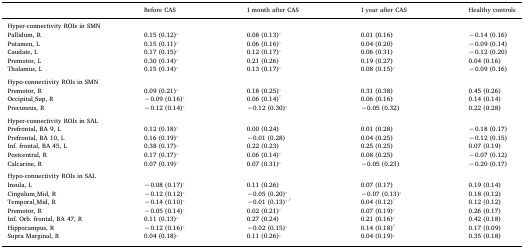
<table><thead><tr><td></td><td><b>Before CAS</b></td><td><b>1 month after CAS</b></td><td><b>1 year after CAS</b></td><td><b>Healthy controls</b></td></tr></thead><tbody><tr><td colspan="5">Hyper-connectivity ROIs in SMN</td></tr><tr><td>Pallidum, R</td><td>0.15 (0.12)⁎</td><td>0.08 (0.13)⁎</td><td>0.01 (0.16)</td><td>−0.14 (0.16)</td></tr><tr><td>Putamen, L</td><td>0.15 (0.11)⁎</td><td>0.06 (0.16)⁎</td><td>0.04 (0.20)</td><td>−0.09 (0.14)</td></tr><tr><td>Caudate, L</td><td>0.17 (0.15)⁎</td><td>0.12 (0.17)⁎</td><td>0.06 (0.31)</td><td>−0.12 (0.20)</td></tr><tr><td>Premotor, L</td><td>0.30 (0.14)⁎</td><td>0.21 (0.26)</td><td>0.19 (0.27)</td><td>0.04 (0.16)</td></tr><tr><td>Thalamus, L</td><td>0.15 (0.14)⁎</td><td>0.13 (0.17)⁎</td><td>0.08 (0.15)⁎</td><td>−0.09 (0.16)</td></tr><tr><td colspan="5">  </td></tr><tr><td colspan="5">Hypo-connectivity ROIs in SMN</td></tr><tr><td>Premotor, R</td><td>0.09 (0.21)⁎</td><td>0.18 (0.25)⁎</td><td>0.31 (0.38)</td><td>0.45 (0.26)</td></tr><tr><td>Occipital_Sup, R</td><td>−0.09 (0.16)⁎</td><td>0.06 (0.14)†</td><td>0.06 (0.16)</td><td>0.14 (0.14)</td></tr><tr><td>Precuneus, R</td><td>−0.12 (0.14)⁎</td><td>−0.12 (0.30)⁎</td><td>−0.05 (0.32)</td><td>0.22 (0.28)</td></tr><tr><td colspan="5">  </td></tr><tr><td colspan="5">Hyper-connectivity ROIs in SAL</td></tr><tr><td>Prefrontal, BA 9, L</td><td>0.12 (0.18)⁎</td><td>0.00 (0.24)</td><td>0.01 (0.28)</td><td>−0.18 (0.17)</td></tr><tr><td>Prefrontal, BA 10, L</td><td>0.16 (0.19)⁎</td><td>−0.01 (0.28)</td><td>0.04 (0.25)</td><td>−0.12 (0.15)</td></tr><tr><td>Inf. frontal, BA 45, L</td><td>0.38 (0.17)⁎</td><td>0.22 (0.23)</td><td>0.25 (0.25)</td><td>0.07 (0.19)</td></tr><tr><td>Postcentral, R</td><td>0.17 (0.17)⁎</td><td>0.06 (0.14)⁎</td><td>0.08 (0.25)</td><td>−0.07 (0.12)</td></tr><tr><td>Calcarine, R</td><td>0.07 (0.19)⁎</td><td>0.07 (0.31)⁎</td><td>−0.05 (0.23)</td><td>−0.20 (0.17)</td></tr><tr><td colspan="5">  </td></tr><tr><td colspan="5">Hypo-connectivity ROIs in SAL</td></tr><tr><td>Insula, L</td><td>−0.08 (0.17)⁎</td><td>0.11 (0.26)</td><td>0.07 (0.17)</td><td>0.19 (0.14)</td></tr><tr><td>Cingulum_Mid, R</td><td>−0.12 (0.12)⁎</td><td>−0.05 (0.20)⁎</td><td>−0.07 (0.13)⁎</td><td>0.18 (0.12)</td></tr><tr><td>Temporal_Mid, R</td><td>−0.14 (0.10)⁎</td><td>−0.01 (0.13)⁎, †</td><td>0.04 (0.12)†</td><td>0.12 (0.12)</td></tr><tr><td>Premotor, R</td><td>−0.05 (0.14)⁎</td><td>0.02 (0.21)⁎</td><td>0.07 (0.19)⁎</td><td>0.26 (0.17)</td></tr><tr><td>Inf. Orb. frontal, BA 47, R</td><td>0.11 (0.13)⁎</td><td>0.27 (0.24)</td><td>0.21 (0.16)⁎</td><td>0.42 (0.18)</td></tr><tr><td>Hippocampus, R</td><td>−0.12 (0.16)⁎</td><td>−0.02 (0.15)⁎</td><td>0.14 (0.18)†</td><td>0.17 (0.09)</td></tr><tr><td>Supra Marginal, R</td><td>0.04 (0.18)⁎</td><td>0.11 (0.26)⁎</td><td>0.04 (0.19)⁎</td><td>0.35 (0.18)</td></tr></tbody></table>